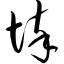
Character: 悴